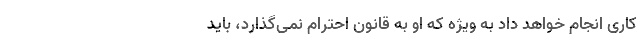
کاری انجام خواهد داد به ویژه که او به قانون احترام نمی‌گذارد، باید